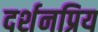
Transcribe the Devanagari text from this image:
दर्शनप्रिय